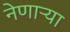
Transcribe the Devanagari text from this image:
नेणाऱ्‍या